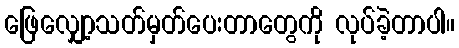
ဖြေလျှော့သတ်မှတ်ပေးတာတွေကို လုပ်ခဲ့တာပါ။